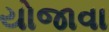
યોજાવા